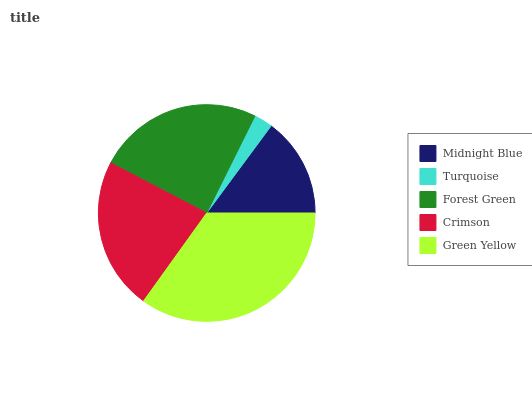
| Midnight Blue | Turquoise | Forest Green | Crimson | Green Yellow |
 | --- | --- | --- | --- | --- |
 | 14.9% | 2.79% | 24.7% | 22.8% | 34.9% |